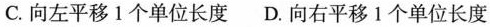
C.向左平移1个单位长度 D.向右平移1个单位长度